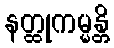
နတ္ထုကမ္မန္တိ